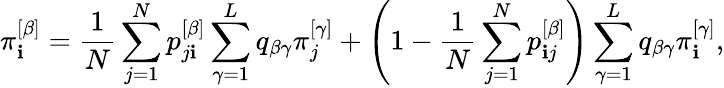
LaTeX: \pi_{\mathbf{i}}^{\left[\beta\right]}=\frac{{1}}{{N}}\sum_{j=1}^{N}p_{j\mathbf{i}}^{\left[\beta\right]}\sum_{\gamma=1}^{L}q_{\beta\gamma}\pi_{j}^{\left[\gamma\right]}+\left(1-\frac{{1}}{{N}}\sum_{j=1}^{N}p_{\mathbf{i}j}^{\left[\beta\right]}\right)\sum_{\gamma=1}^{L}q_{\beta\gamma}\pi_{\mathbf{i}}^{\left[\gamma\right]},